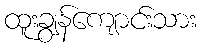
ထူးချွန်ကျောင်းသား